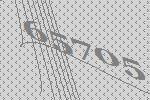
65705